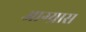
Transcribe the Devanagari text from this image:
आग्र्यास